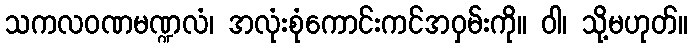
သကလဝဏမဏ္ဍလံ၊ အလုံးစုံကောင်းကင်အဝှမ်းကို။ ဝါ၊ သို့မဟုတ်။